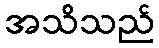
အသိသည်